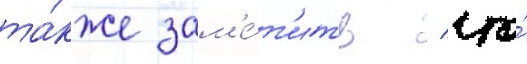
та́кже зам'е́т'ить / что́